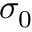
\sigma _ { 0 }